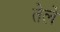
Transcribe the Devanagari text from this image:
तेलें